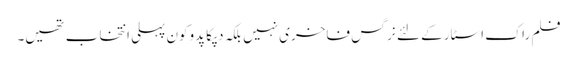
فلم راک اسٹار کے لئے نرگس فاخری نہیں بلکہ دپکا پدوکون پہلی انتخاب تھیں۔